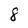
Character: 8